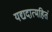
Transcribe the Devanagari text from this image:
यद्यदात्महितं